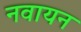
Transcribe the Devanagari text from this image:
नवायन